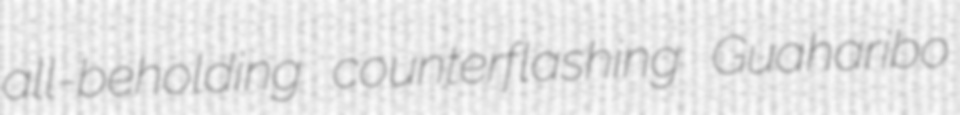
all-beholding counterflashing Guaharibo